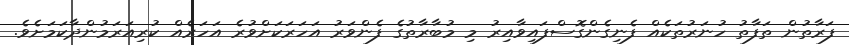
ފަރާތުން ތަފާތު ހުނަރުތަކެއް ފެނިގެންގޮސްފައިވާއިރު މި މުބާރާތުގެ ފެންވަރު އަހަރަކަށްވުރެ އަހަރެއް ކުރިއަރަމުންދާކަމަށެވެ.